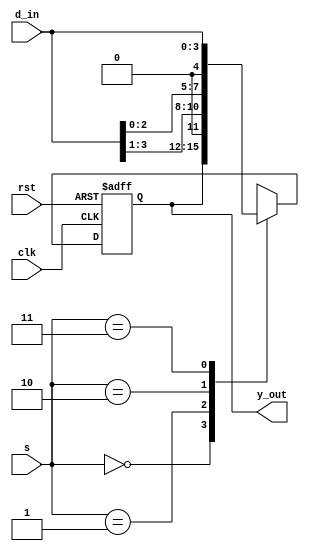
module universal_shift_register(
                                input      clk, rst,
                                input      [1:0] s,
                                input      [3:0] d_in,
                                output reg [3:0] y_out);
                                
always@(posedge clk, negedge rst)
begin
    if(!rst)
    y_out <= 'b0;
    else begin
    case(s)
    2'b00: y_out <= y_out;
    2'b01: y_out <= {1'b0, d_in[3:1]}; //right
    2'b10: y_out <= {d_in[2:0], 1'b0}; //left
    2'b11: y_out <= d_in;
    default: y_out <= y_out;
    endcase
    end
end
endmodule